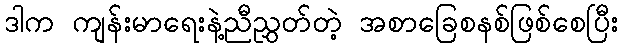
ဒါက ကျန်းမာရေးနဲ့ညီညွှတ်တဲ့ အစာခြေစနစ်ဖြစ်စေပြီး